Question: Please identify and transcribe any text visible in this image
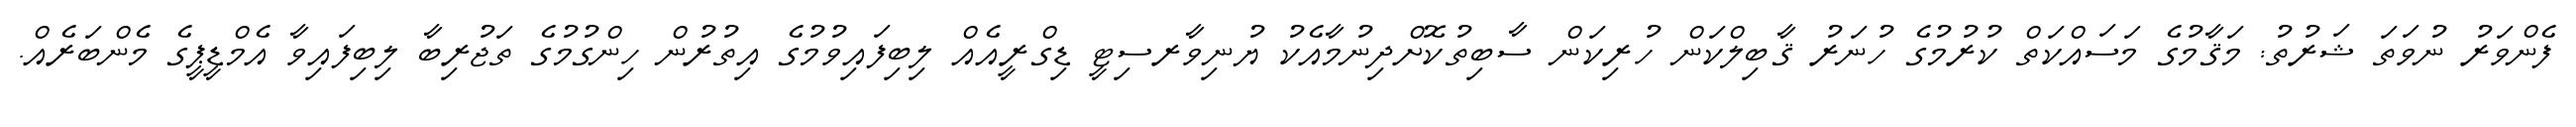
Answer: ފެންވަރު ނުވަތަ ޝަރުތު: މަޤާމުގެ މަސައްކަތް ކުރުމުގެ ހުނަރު ޤާބިލްކަން ހުރިކަން ސާބިތުކޮށްދިނުމާއެކު ޔުނިވާރސިޓީ ޑިގްރީއެއް ލިބިފައިވުމުގެ އިތުރުން ހިންގުމުގެ ތަޖުރިބާ ލިބިފައިވާ އެމްޑީޕީގެ މެންބަރެއް.